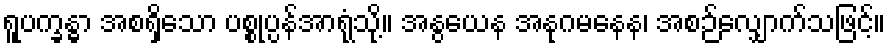
ရူပက္ခန္ဓာ အစရှိသော ပစ္စုပ္ပန်အာရုံသို့။ အနွယေန အနုဂမနေန၊ အစဉ်လျှောက်သဖြင့်။